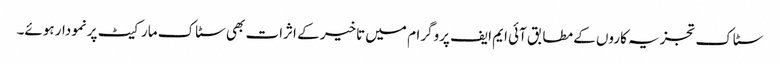
سٹاک تجزیہ کاروں کے مطابق آئی ایم ایف پروگرام میں تاخیر کے اثرات بھی سٹاک مارکیٹ پرنمودار ہوئے۔